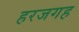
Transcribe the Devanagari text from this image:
हरजगह